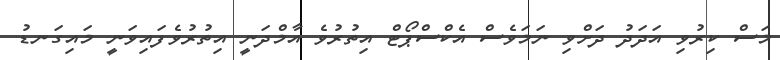
މަސް ކިރުވި އަދަދު ދަށްވި ނަމަވެސް އެކްސްޕޯޓް އިތުރުވެ އާމްދަނީ އިތުރުވެފައިވަނީ މައިގަނޑު